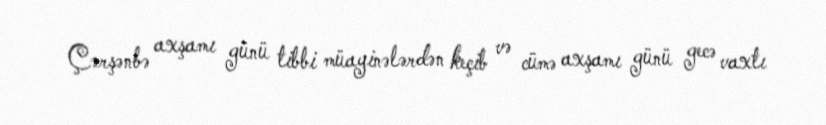
Çərşənbə axşamı günü tibbi müayinələrdən keçib və cümə axşamı günü gecə vaxtı